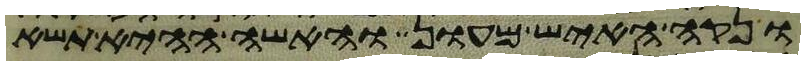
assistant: ונקה האיש מעון והאשה ההיא תשא